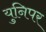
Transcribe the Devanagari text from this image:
युनिपर